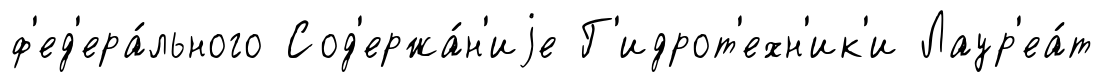
ф'ед'ера́льного Сод'ержа́н'иjе Г'идрот'ехн'ик'и Лаур'еа́т